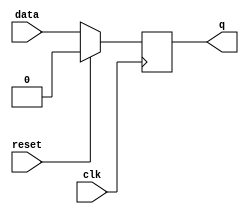
module d_ff_sync_rst(clk,q,data,reset);
  input clk,reset,data;
  output reg q;
  always@(posedge clk)
  begin
    if (reset)
      q<=0;
    else
    q<=data;
  end
endmodule